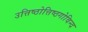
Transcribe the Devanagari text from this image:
उत्तिष्ठोत्तिष्ठगोविन्द